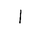
Letter: _alif